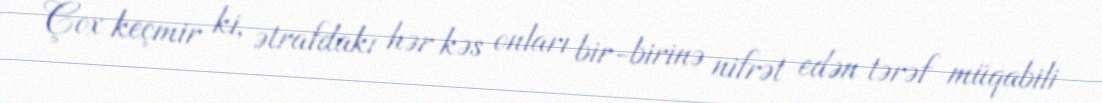
Çox keçmir ki, ətrafdakı hər kəs onları bir-birinə nifrət edən tərəf müqabili